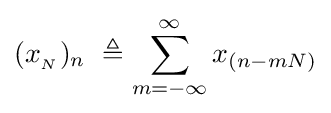
(x_{_{N}})_{n}\ \triangleq \sum _{m=-\infty }^{\infty }x_{(n-mN)}